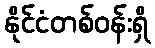
နိုင်ငံတစ်ဝန်းရှိ